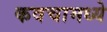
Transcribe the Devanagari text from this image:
कवचामध्ये